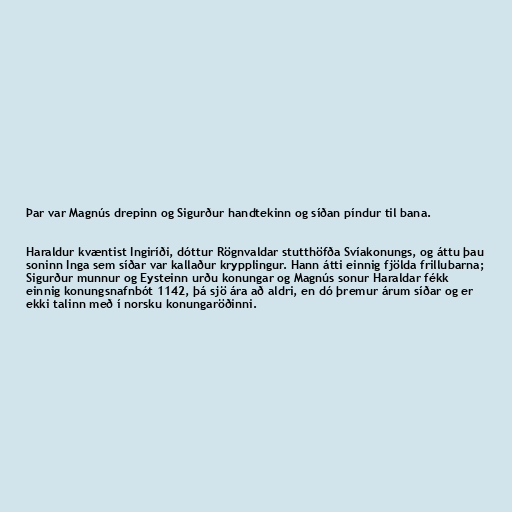
Þar var Magnús drepinn og Sigurður handtekinn og síðan píndur til bana.

Haraldur kvæntist Ingiríði, dóttur Rögnvaldar stutthöfða Svíakonungs, og áttu þau
soninn Inga sem síðar var kallaður krypplingur. Hann átti einnig fjölda frillubarna;
Sigurður munnur og Eysteinn urðu konungar og Magnús sonur Haraldar fékk
einnig konungsnafnbót 1142, þá sjö ára að aldri, en dó þremur árum síðar og er
ekki talinn með í norsku konungaröðinni.